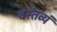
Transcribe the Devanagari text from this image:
वस्तव्यं